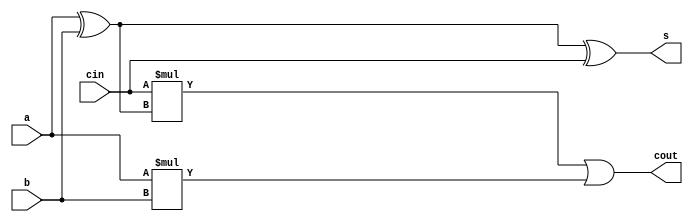
`timescale 1ns / 1ps
//////////////////////////////////////////////////////////////////////////////////
// Company: 
// Engineer: 
// 
// Design Name: 
// Module Name: fadd
// Project Name: 
// Target Devices: 
// Tool Versions: 
// Description: 
// 
// Dependencies: 
// 
// Revision:
// Revision 0.01 - File Created
// Additional Comments:
// 
//////////////////////////////////////////////////////////////////////////////////


module fadd(
input a,b,cin,
output s,cout
    );
    assign s = (a^b)^cin;
    assign cout = cin*(a^b)|(a*b);
endmodule